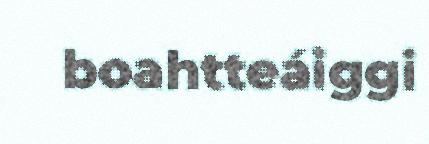
boahtteáiggi